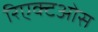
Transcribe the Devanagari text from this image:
रिएक्टओस